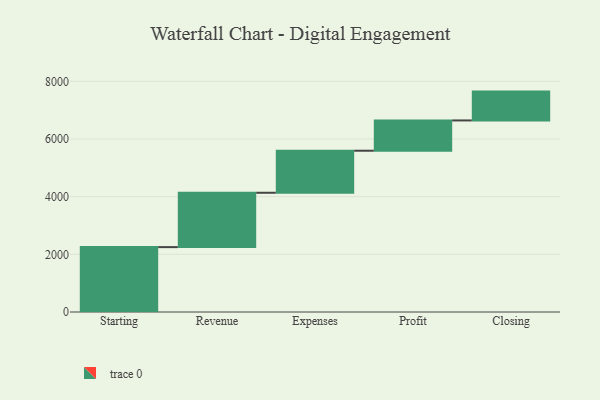
{"axis": {"x": "Step", "y": "Value"}, "legend": [""], "data": [{"x": "Starting", "y": 2250.0, "type": ""}, {"x": "Revenue", "y": 1885.0, "type": ""}, {"x": "Expenses", "y": 1458.0, "type": ""}, {"x": "Profit", "y": 1050.0, "type": ""}, {"x": "Closing", "y": 1000, "type": ""}]}